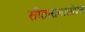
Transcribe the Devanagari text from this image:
सीतारामासोबत